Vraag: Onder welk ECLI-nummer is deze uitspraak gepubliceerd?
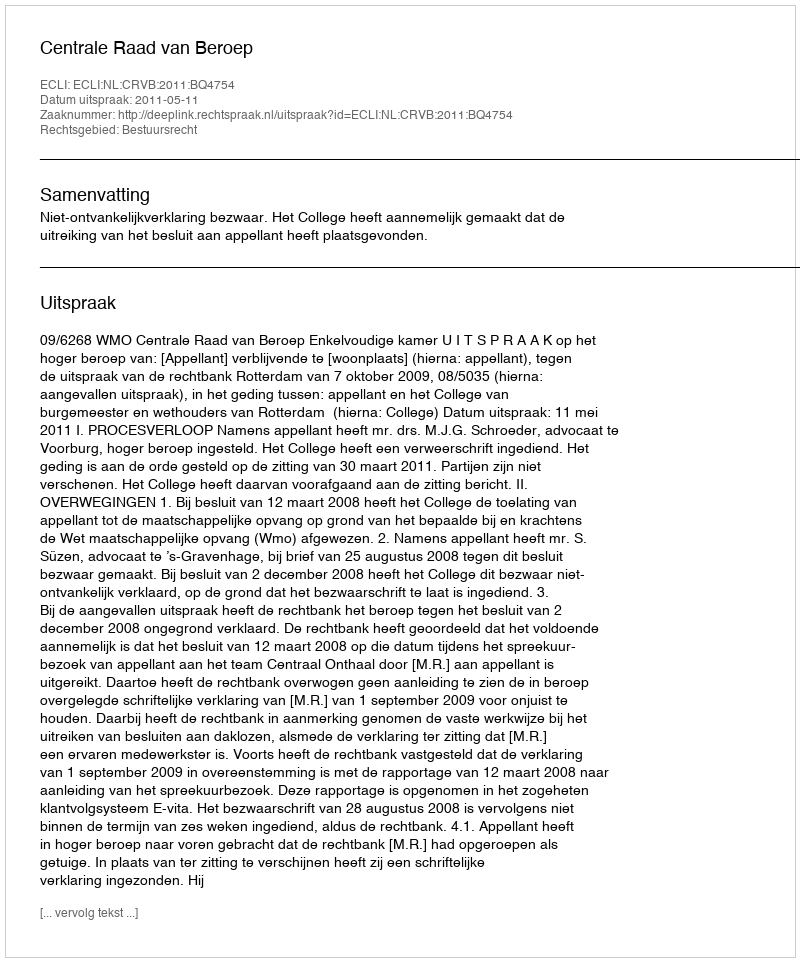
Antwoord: ECLI:NL:CRVB:2011:BQ4754